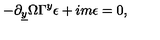
- \partial _ { \underline { { y } } } \Omega \Gamma ^ { y } \epsilon + i m \epsilon = 0 ,